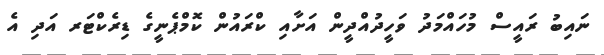
ނައިބު ރައީސް މުހައްމަދު ވަހީދުއްދީން އަށާއި ކްރައުން ކޮމްޕެނީގެ ޑިރެކްޓަރ އަދި އެ